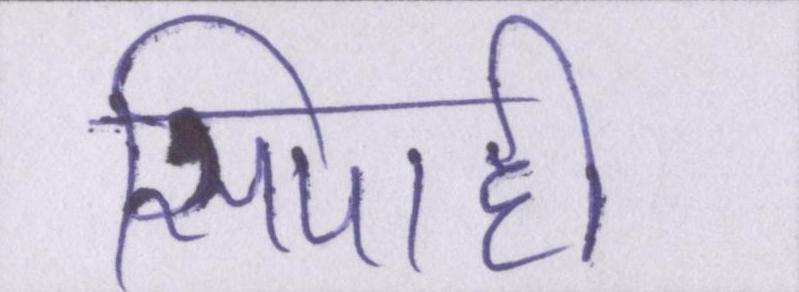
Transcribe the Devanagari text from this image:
सिपाही